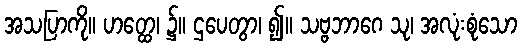
အသပြာကို။ ဟတ္ထေ၊ ၌။ ဌပေတွာ၊ ၍။ သဗ္ဗဘာဂေ သု၊ အလုံးစုံသော